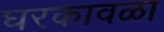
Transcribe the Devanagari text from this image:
घरकावळा